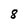
Character: 8